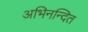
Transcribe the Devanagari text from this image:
अभिनन्दित